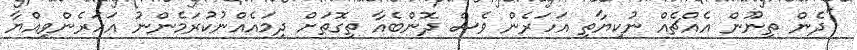
"ދެން ތިނޫން އެއްޗެއް ނުކިޔާތި އަހަރެން ވެސް ދޮންބެއާ ތިގޮތަށް ދިމައެއްނުކުރަމެންނު އަހަރެންވިއްޔާ